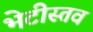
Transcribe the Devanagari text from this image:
भेटीस्तव